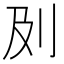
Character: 𠚵